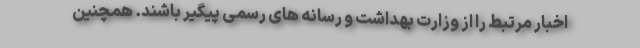
اخبار مرتبط را از وزارت بهداشت و رسانه های رسمی پیگیر باشند. همچنین